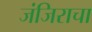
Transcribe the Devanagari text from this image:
जंजिराचा